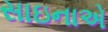
સાઇનાએ